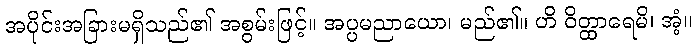
အပိုင်းအခြားမရှိသည်၏ အစွမ်းဖြင့်။ အပ္ပမညာယော၊ မည်၏။ ဟိ ဝိတ္ထာရေမိ၊ အံ့။